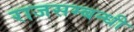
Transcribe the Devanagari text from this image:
राजसम्बन्धी